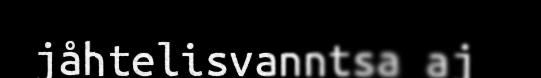
jåhtelisvanntsa aj